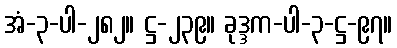
အံ-၃-ပါ-၂၈၂။ ဋ္ဌ-၂၃၉။ ခုဒ္ဒက-ပါ-၃-ဋ္ဌ-၉၇။